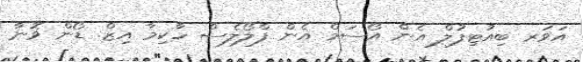
އަވަރ ބިއުޓިފުލް އެން އޯސަމް އެން ފްލޯލެސް ހާކިމާ އިޒް. ޑޯން ވޮނާ